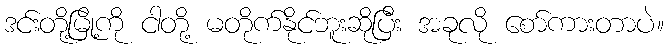
ဒင်းတို့မြို့ကို ငါတို့ မတိုက်နိုင်ဘူးဆိုပြီး အခုလို စော်ကားတာပဲ။